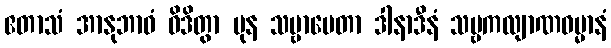
ဧတာသံ အာနုဘာဝံ ဝိဒိတွာ ပုန သဗ္ဗာပေတာ ဒါနာဒီနံ သဗ္ဗကလျာဏဓမ္မာနံ